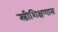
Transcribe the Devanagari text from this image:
स्त्रीशिक्षणास